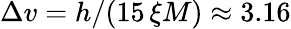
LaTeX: \Delta v=h/(15\, \xi M)\approx 3.16